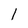
Character: 1